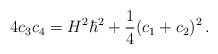
\begin{align*} 4c_3c_4 = H^2\hbar^2+\frac{1}{4}(c_1+c_2)^2 \,.\end{align*}